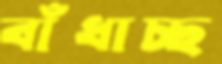
বাঁধাচ্ছ